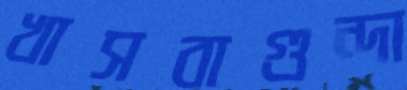
খাসবাগুন্দা